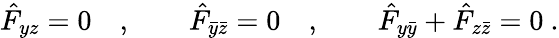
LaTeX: \hat{F}_{yz}=0\quad,\qquad\hat{F}_{\bar{y}\bar{z}}=0\quad,\qquad\hat{F}_{y\bar{y}}+\hat{F}_{z\bar{z}}=0\ .